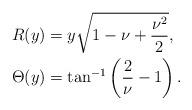
LaTeX: \begin{align*}R(y) &= y \sqrt{1 - \nu + \frac{\nu^2}{2}}, \\\Theta(y) &= \tan^{-1} \left( \frac{2}{\nu} - 1 \right).\end{align*}